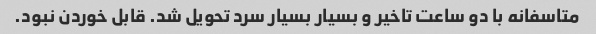
متاسفانه با دو ساعت تاخیر و بسیار بسیار سرد تحویل شد. قابل خوردن نبود.